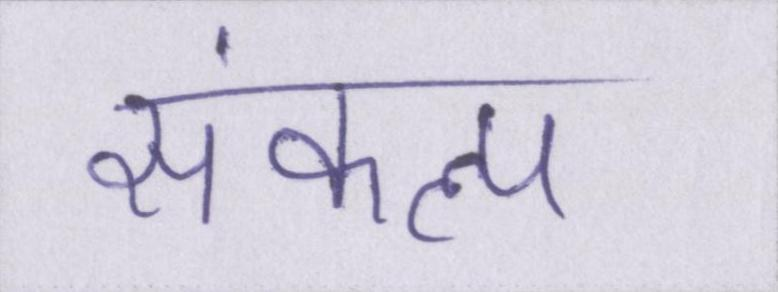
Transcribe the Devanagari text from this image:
संकल्प